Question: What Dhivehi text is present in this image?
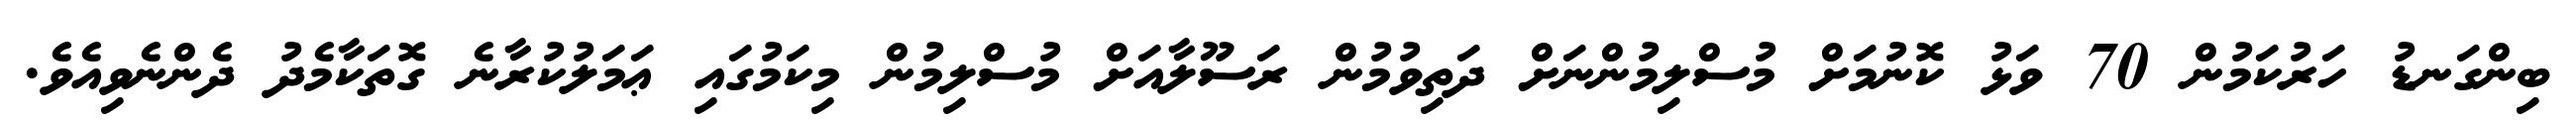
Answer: ބިންގަނޑު ހަރުކަމުން 70 ވަޅު ކޮނުމަށް މުސްލިމުންނަށް ދަތިވުމުން ރަސޫލާއަށް މުސްލިމުން މިކަމުގައި ޢަމަލުކުރާނެ ގޮތަކާމެދު ދެންނެވިއެވެ.